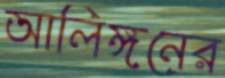
আলিঙ্গনের